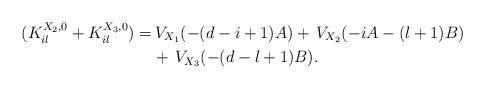
LaTeX: \begin{align*} (K_{il}^{X_2,0}+K_{il}^{X_3,0})=& \,V_{X_1}(-(d-i+1)A)+\,V_{X_2}(-iA-(l+1)B) \\& +\,V_{X_3}(-(d-l+1)B). \end{align*}